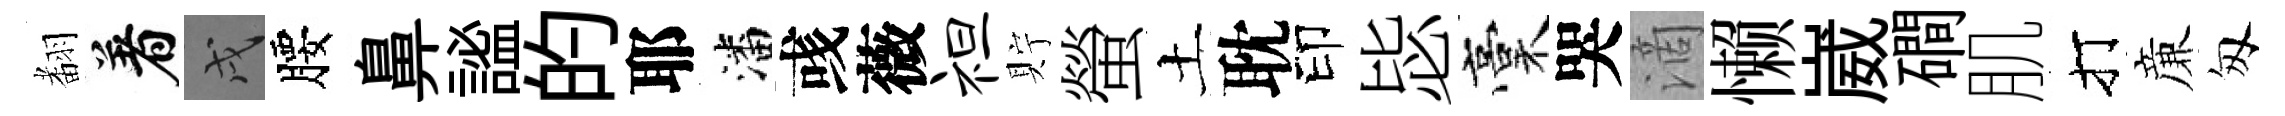
𮋒着戌腰鼻謐的耶潘彧薇袒貯螢土耽印毖稾哭滴懒崴磵肌打亷匆